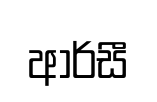
ආර්සී